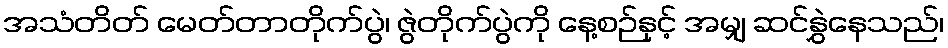
အသံတိတ် မေတ်တာတိုက်ပွဲ၊ ဇွဲတိုက်ပွဲကို နေ့စဉ်နှင့် အမျှ ဆင်နွှဲနေသည်၊